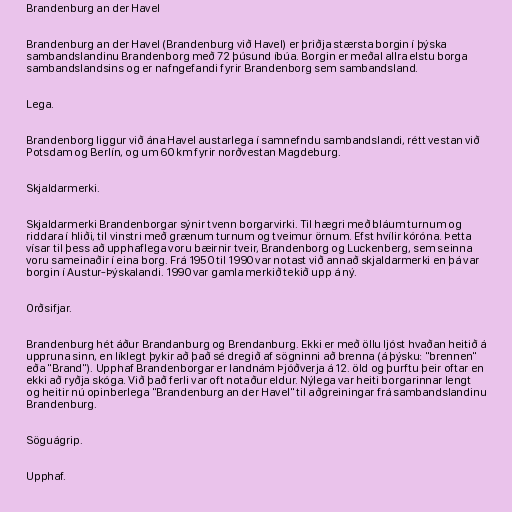
Brandenburg an der Havel

Brandenburg an der Havel (Brandenburg við Havel) er þriðja stærsta borgin í þýska
sambandslandinu Brandenborg með 72 þúsund íbúa. Borgin er meðal allra elstu borga
sambandslandsins og er nafngefandi fyrir Brandenborg sem sambandsland.

Lega.

Brandenborg liggur við ána Havel austarlega í samnefndu sambandslandi, rétt vestan við
Potsdam og Berlín, og um 60 km fyrir norðvestan Magdeburg.

Skjaldarmerki.

Skjaldarmerki Brandenborgar sýnir tvenn borgarvirki. Til hægri með bláum turnum og
riddara í hliði, til vinstri með grænum turnum og tveimur örnum. Efst hvílir kóróna. Þetta
vísar til þess að upphaflega voru bæirnir tveir, Brandenborg og Luckenberg, sem seinna
voru sameinaðir í eina borg. Frá 1950 til 1990 var notast við annað skjaldarmerki en þá var
borgin í Austur-Þýskalandi. 1990 var gamla merkið tekið upp á ný.

Orðsifjar.

Brandenburg hét áður Brandanburg og Brendanburg. Ekki er með öllu ljóst hvaðan heitið á
uppruna sinn, en líklegt þykir að það sé dregið af sögninni að brenna (á þýsku: "brennen"
eða "Brand"). Upphaf Brandenborgar er landnám Þjóðverja á 12. öld og þurftu þeir oftar en
ekki að ryðja skóga. Við það ferli var oft notaður eldur. Nýlega var heiti borgarinnar lengt
og heitir nú opinberlega "Brandenburg an der Havel" til aðgreiningar frá sambandslandinu
Brandenburg.

Söguágrip.

Upphaf.